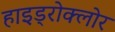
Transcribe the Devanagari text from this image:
हाइड्रोक्लोर